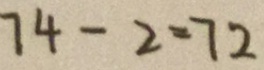
7 4 - 2 = 7 2